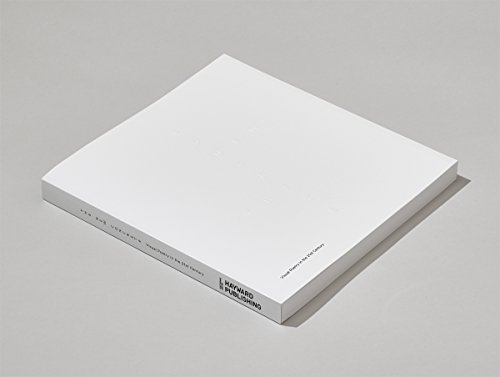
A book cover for The New Concrete: Visual Poetry in the 21st Century; Kenneth Goldsmith; Arts & Photography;